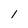
Character: 1